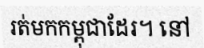
រត់មកកម្ពុជាដែរ។ នៅ